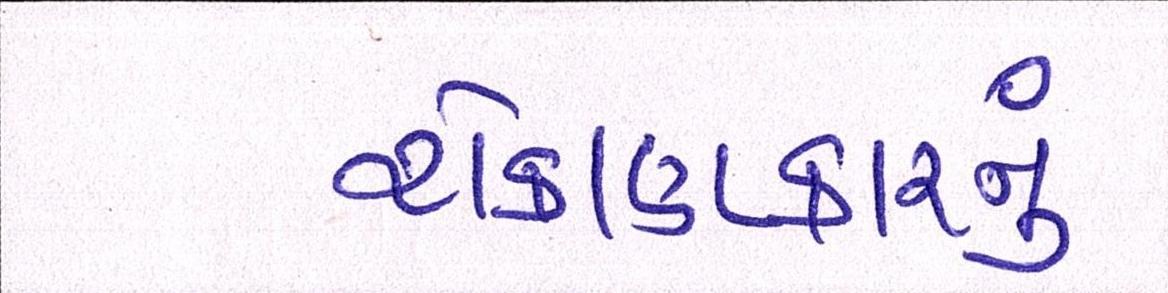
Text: રોકાણકારનું